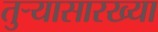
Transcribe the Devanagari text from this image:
तुर्‍यासारख्या